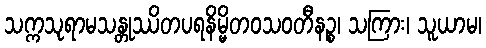
သက္ကသုရာမသန္တုဿိတပရနိမ္မိတဝသဝတီနဉ္စ၊ သကြား၊ သူယာမ၊